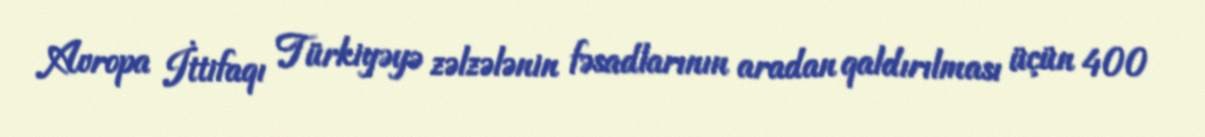
Avropa İttifaqı Türkiyəyə zəlzələnin fəsadlarının aradan qaldırılması üçün 400